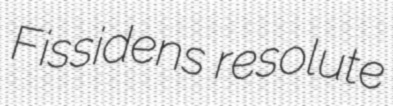
Fissidens resolute